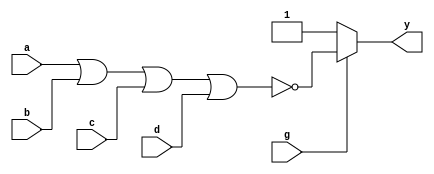
/*
  MIT License

  Copyright (c) 2019 Richard Eng

  Permission is hereby granted, free of charge, to any person obtaining a copy
  of this software and associated documentation files (the "Software"), to deal
  in the Software without restriction, including without limitation the rights
  to use, copy, modify, merge, publish, distribute, sublicense, and/or sell
  copies of the Software, and to permit persons to whom the Software is
  furnished to do so, subject to the following conditions:

  The above copyright notice and this permission notice shall be included in all
  copies or substantial portions of the Software.

  THE SOFTWARE IS PROVIDED "AS IS", WITHOUT WARRANTY OF ANY KIND, EXPRESS OR
  IMPLIED, INCLUDING BUT NOT LIMITED TO THE WARRANTIES OF MERCHANTABILITY,
  FITNESS FOR A PARTICULAR PURPOSE AND NONINFRINGEMENT. IN NO EVENT SHALL THE
  AUTHORS OR COPYRIGHT HOLDERS BE LIABLE FOR ANY CLAIM, DAMAGES OR OTHER
  LIABILITY, WHETHER IN AN ACTION OF CONTRACT, TORT OR OTHERWISE, ARISING FROM,
  OUT OF OR IN CONNECTION WITH THE SOFTWARE OR THE USE OR OTHER DEALINGS IN THE
  SOFTWARE.
*/

/*
  74LS25
  ------
  Dual 4-Input NOR Gates With Strobe

  Pinout
  ------
          _______
         |       |
     a1 -| 1  14 |- VCC
     b1 -| 2  13 |- d2
     g1 -| 3  12 |- c2
     c1 -| 4  11 |- g2
     d1 -| 5  10 |- b2
     y1 -| 6   9 |- a2
    GND -| 7   8 |- y2
         |_______|
*/
module ls25
(
    input wire  a, b, c, d, g,
    output wire y
);

assign y = (g == 1'b1) ? ~(a | b | c | d) : 1'b1;

endmodule